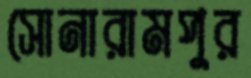
সোনারামপুর